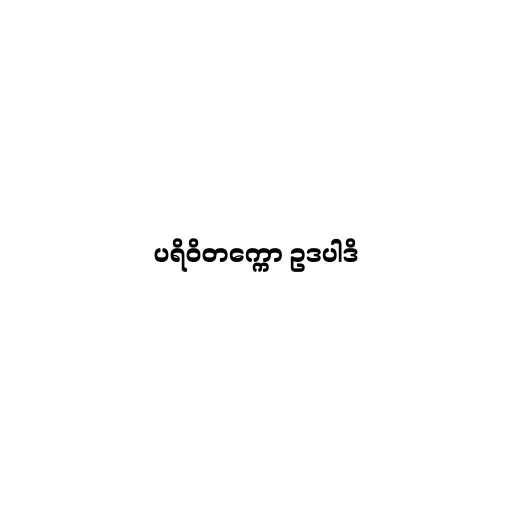
ပရိဝိတက္ကော ဥဒပါဒိ